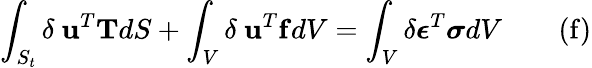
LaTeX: \int_{S_{t}}\delta\ \mathbf{u}^{T}\mathbf{T}dS+\int_{V}\delta\ \mathbf{u}^{T}\mathbf{f}dV=\int_{V}\delta{\boldsymbol{\epsilon}}^{T}{\boldsymbol{\sigma}}dV\qquad\mathrm{(f)}